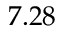
7 . 2 8